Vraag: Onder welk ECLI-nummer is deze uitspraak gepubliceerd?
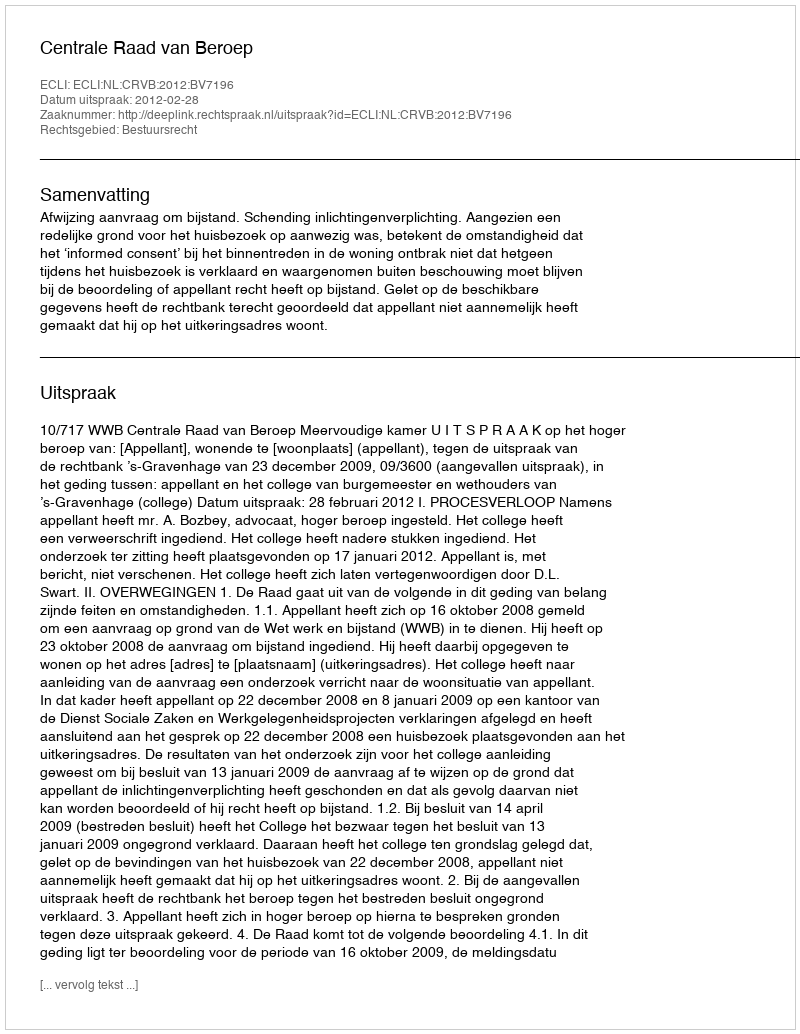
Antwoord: ECLI:NL:CRVB:2012:BV7196